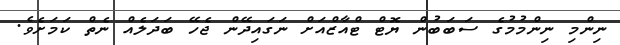
ނިންމި ނިންމުމުގެ ސަބަބުން ޔޮޓް ޓްއާޒްއަށް ނަގައިދޭން ޖެހޭ ބަދަލެއް ނެތް ކަމަށެވެ.